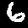
Label: 6